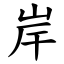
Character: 岸